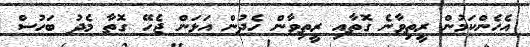
އެހެންކަމުން ރީތިވާނެ ގޮތާއި ރީތިވާން ހެދުން އަޅަން ޖެހޭ ގޮތާ މެދު ބަހުސް